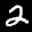
Label: 2